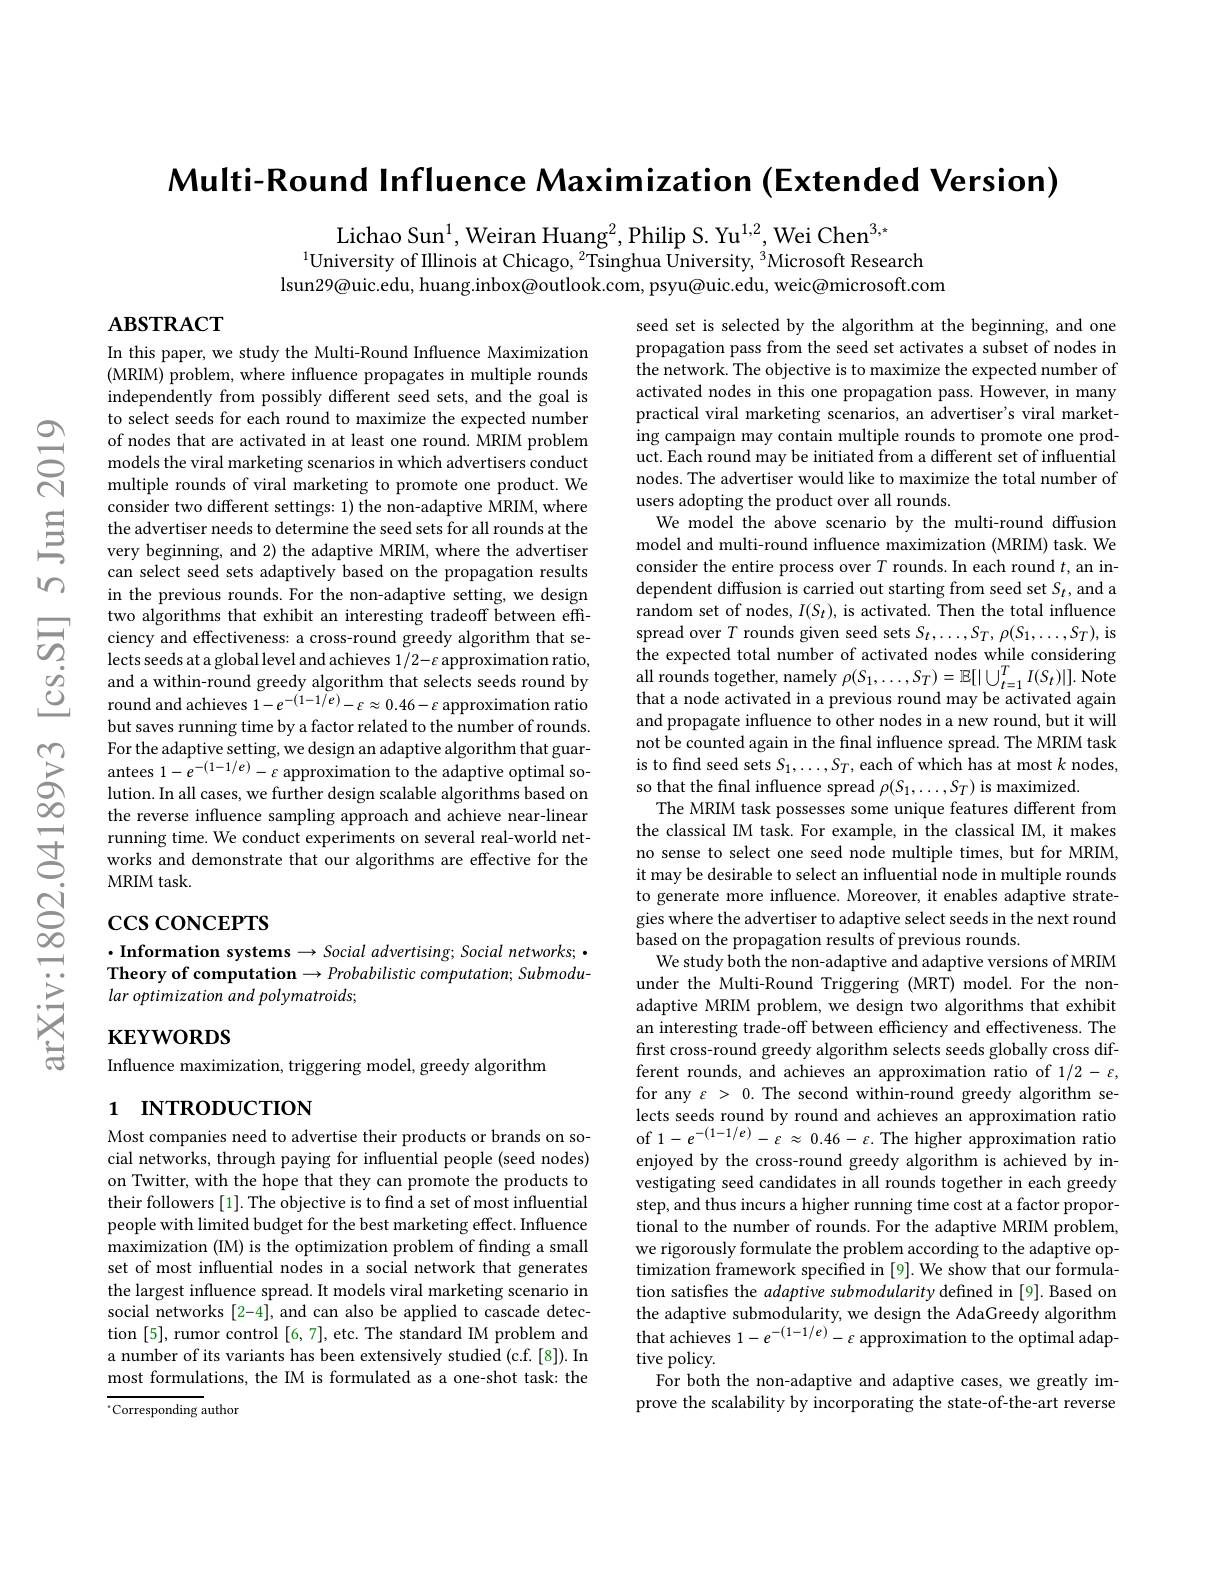
Multi-Round Influence Maximization (Extended Version)

Lichao Sun$^{1}$, Weiran Huang$^{2}$, Philip S. Yu$^{1,2}$, Wei Chen$^{3,*}$
$^{1}$University of Illinois at Chicago, $^2$Tsinghua University, $^3$Microsoft Research
lsun29@uic.edu, huang.inbox@outlook.com, psyu@uic.edu, weic@microsoft.com

$ABSTRACT$

In this paper, we study the Multi-Round Influence Maximization (MRIM) problem, where influence propagates in multiple rounds independently from possibly different seed sets, and the goal is to select seeds for each round to maximize the expected number
consider two different settings: 1) the non-adaptive MRIM, where the advertiser needs to determine the seed sets for all rounds at the very beginning, and 2) the adaptive MRIM, where the advertiser can select seed sets adaptively based on the propagation results in the previous rounds. For the non-adaptive setting, we design two algorithms that exhibit an interesting tradeoff between effciency and effectiveness: a cross-round greedy algorithm that selects seeds at a global level and achieves 1/2- $\varepsilon$ approximation ratio, and a within-round greedy algorithm that selects seeds round by round and achieves $1-e^{-(1-1/e)}-\varepsilon\approx0.46-\varepsilon$ approximation ratio but saves running time by a factor related to the number of rounds. For the adaptive setting, we design an adaptive algorithm that guarantees $1-e^{-(1-1/e)}-\varepsilon$ approximation to the adaptive optimal solution. In all cases, we further design scalable algorithms based on the reverse influence sampling approach and achieve near-linear running time. We conduct experiments on several real-world networks and demonstrate that our algorithms are effective for the MRIM task.
$S_{\infty }^{\mathrm{i} }$ $\cos \cos$conceprs

seed set is selected by the algorithm at the beginning, and one propagation pass from the seed set activates a subset of nodes in the network. The objective is to maximize the expected number of activated nodes in this one propagation pass. However, in many practical viral marketing scenarios, an advertiser's viral marketing campaign may contain multiple rounds to promote one product. Each round may be initiated from a different set of influential nodes. The advertiser would like to maximize the total number of users adopting the product over all rounds.
We model the above scenario by the multi-round diffusion model and multi-round influence maximization (MRIM) task. We consider the entire process over $T$ rounds. In each round $t$, an independent diffusion is carried out starting from seed set $S_t$,and a random set of nodes, $I(S_t)$, is activated. Then the total influence $\begin{array}{l}\text{spread over }T\text{ rounds given seed sets }S_{t},\ldots,S_{T},\rho(S_{1},\ldots,S_{T}),\mathrm{is}\\\text{the expected total number of activated nodes while considering}\end{array}$ all rounds together, namely $\rho ( S_{1}, \ldots , S_{T}) = \mathbb{E} [ | \cup _{t= 1}^{T}I( S_{t}) | ] .$ Note that a node activated in a previous round may be activated again and propagate influence to other nodes in a new round, but it will not be counted again in the final influence spread. The MRIM task is to find seed sets $S_1,\ldots,S_T$, each of which has at most $k$ nodes, so that the final influence spread $\rho(S_1,\ldots,S_T)$ is maximized.
The MRIM task possesses some unique features different from the classical IM task. For example, in the classical IM, it makes no sense to select one seed node multiple times, but for MRIM, it may be desirable to select an influential node in multiple rounds to generate more influence. Moreover, it enables adaptive strategies where the advertiser to adaptive select seeds in the next round based on the propagation results of previous rounds.
We study both the non-adaptive and adaptive versions of MRIM under the Multi-Round Triggering (MRT) model. For the nonadaptive MRIM problem, we design two algorithms that exhibit an interesting trade-off between effciency and effectiveness. The first cross-round greedy algorithm selects seeds globally cross different rounds, and achieves an approximation ratio of 1/2- ε, for any $\varepsilon>0.$ The second within-round greedy algorithm selects seeds round by round and achieves an approximation ratio of $1-e^{-(1-1/e)}-\varepsilon\approx0.46-\varepsilon.$ The higher approximation ratio enjoyed by the cross-round greedy algorithm is achieved by investigating seed candidates in all rounds together in each greedy step, and thus incurs a higher running time cost at a factor proportional to the number of rounds. For the adaptive MRIM problem, we rigorously formulate the problem according to the adaptive optimization framework specified in [9]. We show that our formulation satisfies the adaptive submodularity defined in [9]. Based on the adaptive submodularity, we design the AdaGreedy algorithm that achieves $1-e^{-(1-1/e)}-\varepsilon$ approximation to the optimal adaptive policy.
For both the non-adaptive and adaptive cases, we greatly improve the scalability by incorporating the state-of-the-art reverse

$\cdot$Information systems$\to Social$ advertising; Social networks; · Theory of computation $\to Probabilistic$ computation; Submodular optimization and polymatroids;

# $\mathbf{KEYWORDS}$

Influence maximization, triggering model, greedy algorithm

# 1 INTRODUCTION

Most companies need to advertise their products or brands on social networks, through paying for influential people (seed nodes) on Twitter, with the hope that they can promote the products to their followers [1]. The objective is to find a set of most influential people with limited budget for the best marketing effect. Influence maximization (IM) is the optimization problem of fnding a small set of most influential nodes in a social network that generates the largest influence spread. It models viral marketing scenario in social networks [2-4], and can also be applied to cascade detection [5], rumor control [6,7], etc. The standard IM problem and a number of its variants has been extensively studied (c.f.[8]). In most formulations, the IM is formulated as a one-shot task: the

$^{*}$Corresponding author